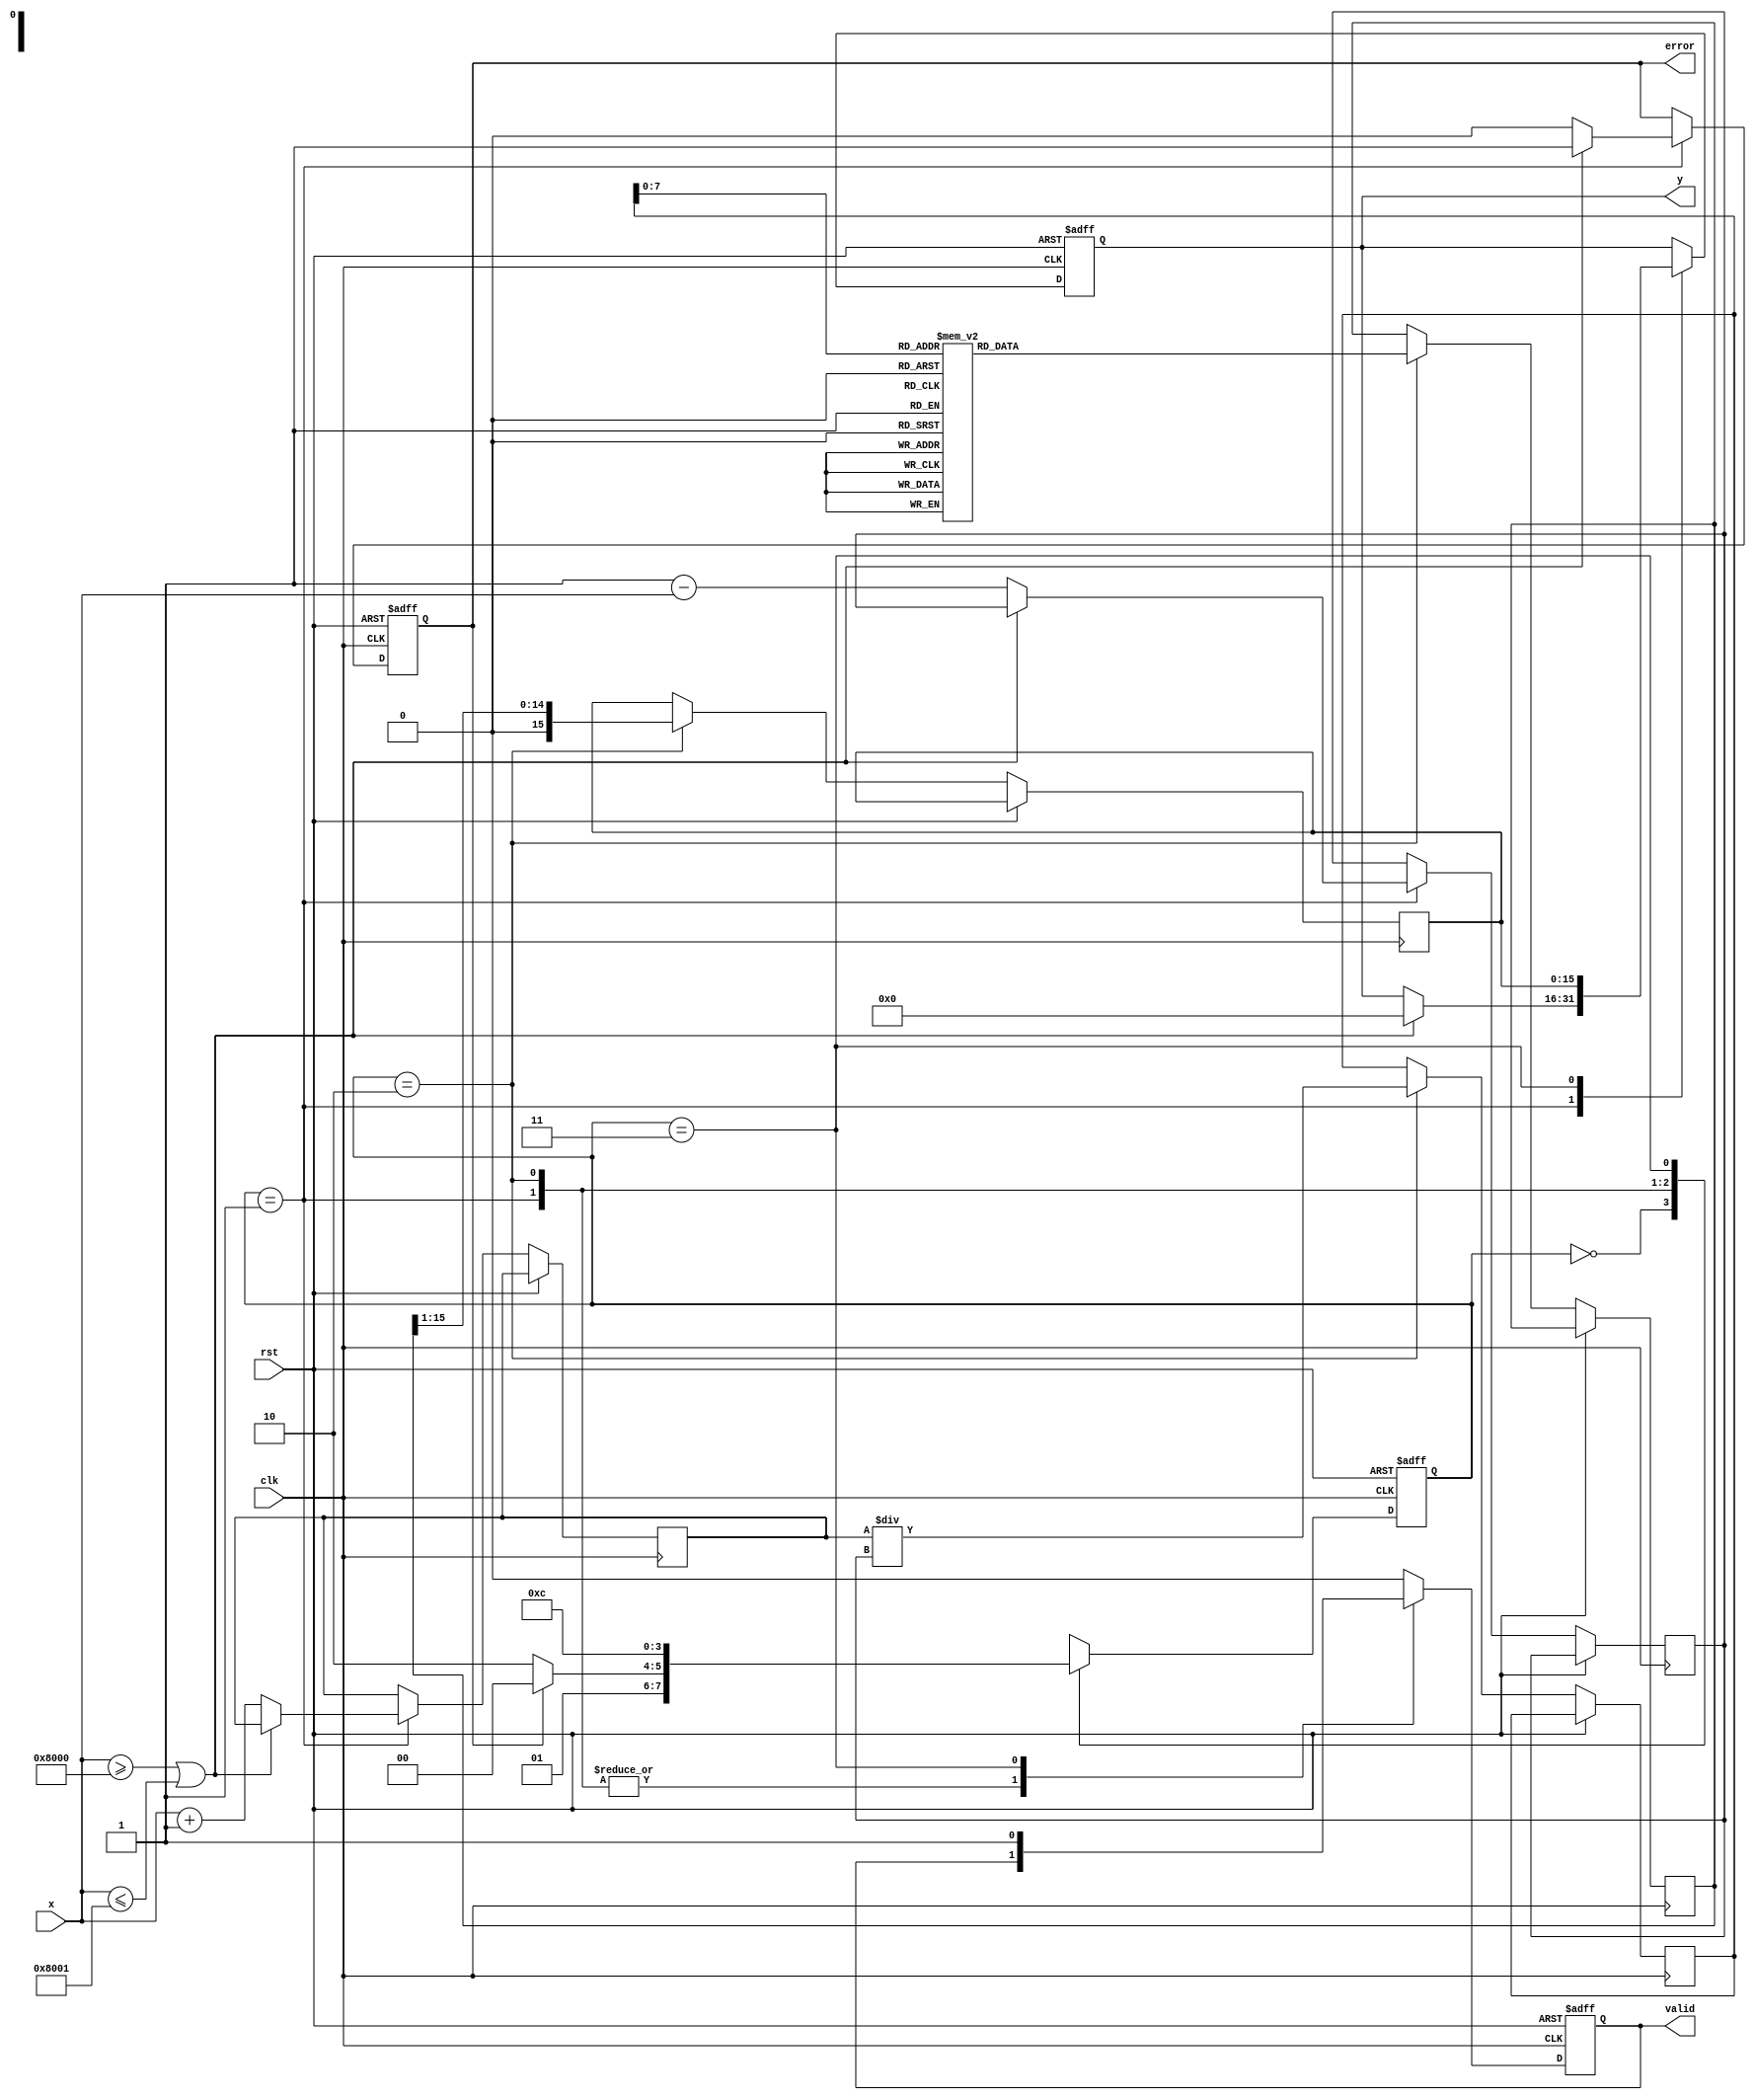
module atanh #(
    parameter N = 16,  // Input width
    parameter M = 16   // Output width
)(
    input wire clk,
    input wire rst,
    input wire [N-1:0] x,  // Input signal
    output reg [M-1:0] y,   // Output signal
    output reg valid,        // Output valid signal
    output reg error         // Error signal for out-of-range inputs
);

    // Internal signals
    reg [N-1:0] x_plus_one, x_minus_one;
    reg [N-1:0] ln_input;
    reg [M-1:0] ln_result;
    reg [M-1:0] division_result;
    reg [1:0] state, next_state;

    // State encoding
    localparam IDLE = 2'b00,
               VALIDATE = 2'b01,
               COMPUTE = 2'b10,
               OUTPUT = 2'b11;

    // Simple lookup table for logarithm (for demonstration purposes)
    reg [M-1:0] ln_lut [0:255]; // Adjust size based on precision needed

    initial begin
        // Initialize logarithm lookup table (example values)
        // ln_lut[0] = ln(1) = 0
        // ln_lut[1] = ln(1.01) = approx value
        // ...
        // Fill in the lookup table with appropriate values
    end

    // State transition logic
    always @(posedge clk or posedge rst) begin
        if (rst) begin
            state <= IDLE;
        end else begin
            state <= next_state;
        end
    end

    // Next state logic
    always @(*) begin
        case (state)
            IDLE: next_state = VALIDATE;
            VALIDATE: next_state = (error) ? IDLE : COMPUTE;
            COMPUTE: next_state = OUTPUT;
            OUTPUT: next_state = IDLE;
            default: next_state = IDLE;
        endcase
    end

    // Output logic and computation
    always @(posedge clk or posedge rst) begin
        if (rst) begin
            y <= 0;
            valid <= 0;
            error <= 0;
        end else begin
            case (state)
                VALIDATE: begin
                    // Input validation
                    if (x >= 16'h8000 || x <= 16'h8001) begin // Check for x < -1 or x > 1
                        error <= 1;
                        y <= 0; // Output zero or some error code
                    end else begin
                        error <= 0;
                        x_plus_one <= x + 16'h0001; // 1 + x
                        x_minus_one <= 16'h0001 - x; // 1 - x
                    end
                end
                COMPUTE: begin
                    // Compute ln((1+x)/(1-x))
                    ln_input <= x_plus_one / x_minus_one; // Division
                    ln_result <= ln_lut[ln_input[7:0]]; // Lookup table for ln
                    division_result <= ln_result >> 1; // Divide by 2
                end
                OUTPUT: begin
                    y <= division_result;
                    valid <= 1;
                end
                default: begin
                    valid <= 0;
                end
            endcase
        end
    end

endmodule